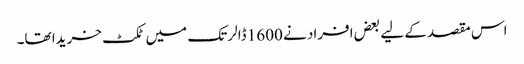
اس مقصد کے لیے بعض افراد نے 1600 ڈالر تک میں ٹکٹ خریدا تھا۔